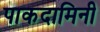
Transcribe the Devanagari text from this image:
पाकदामिनी